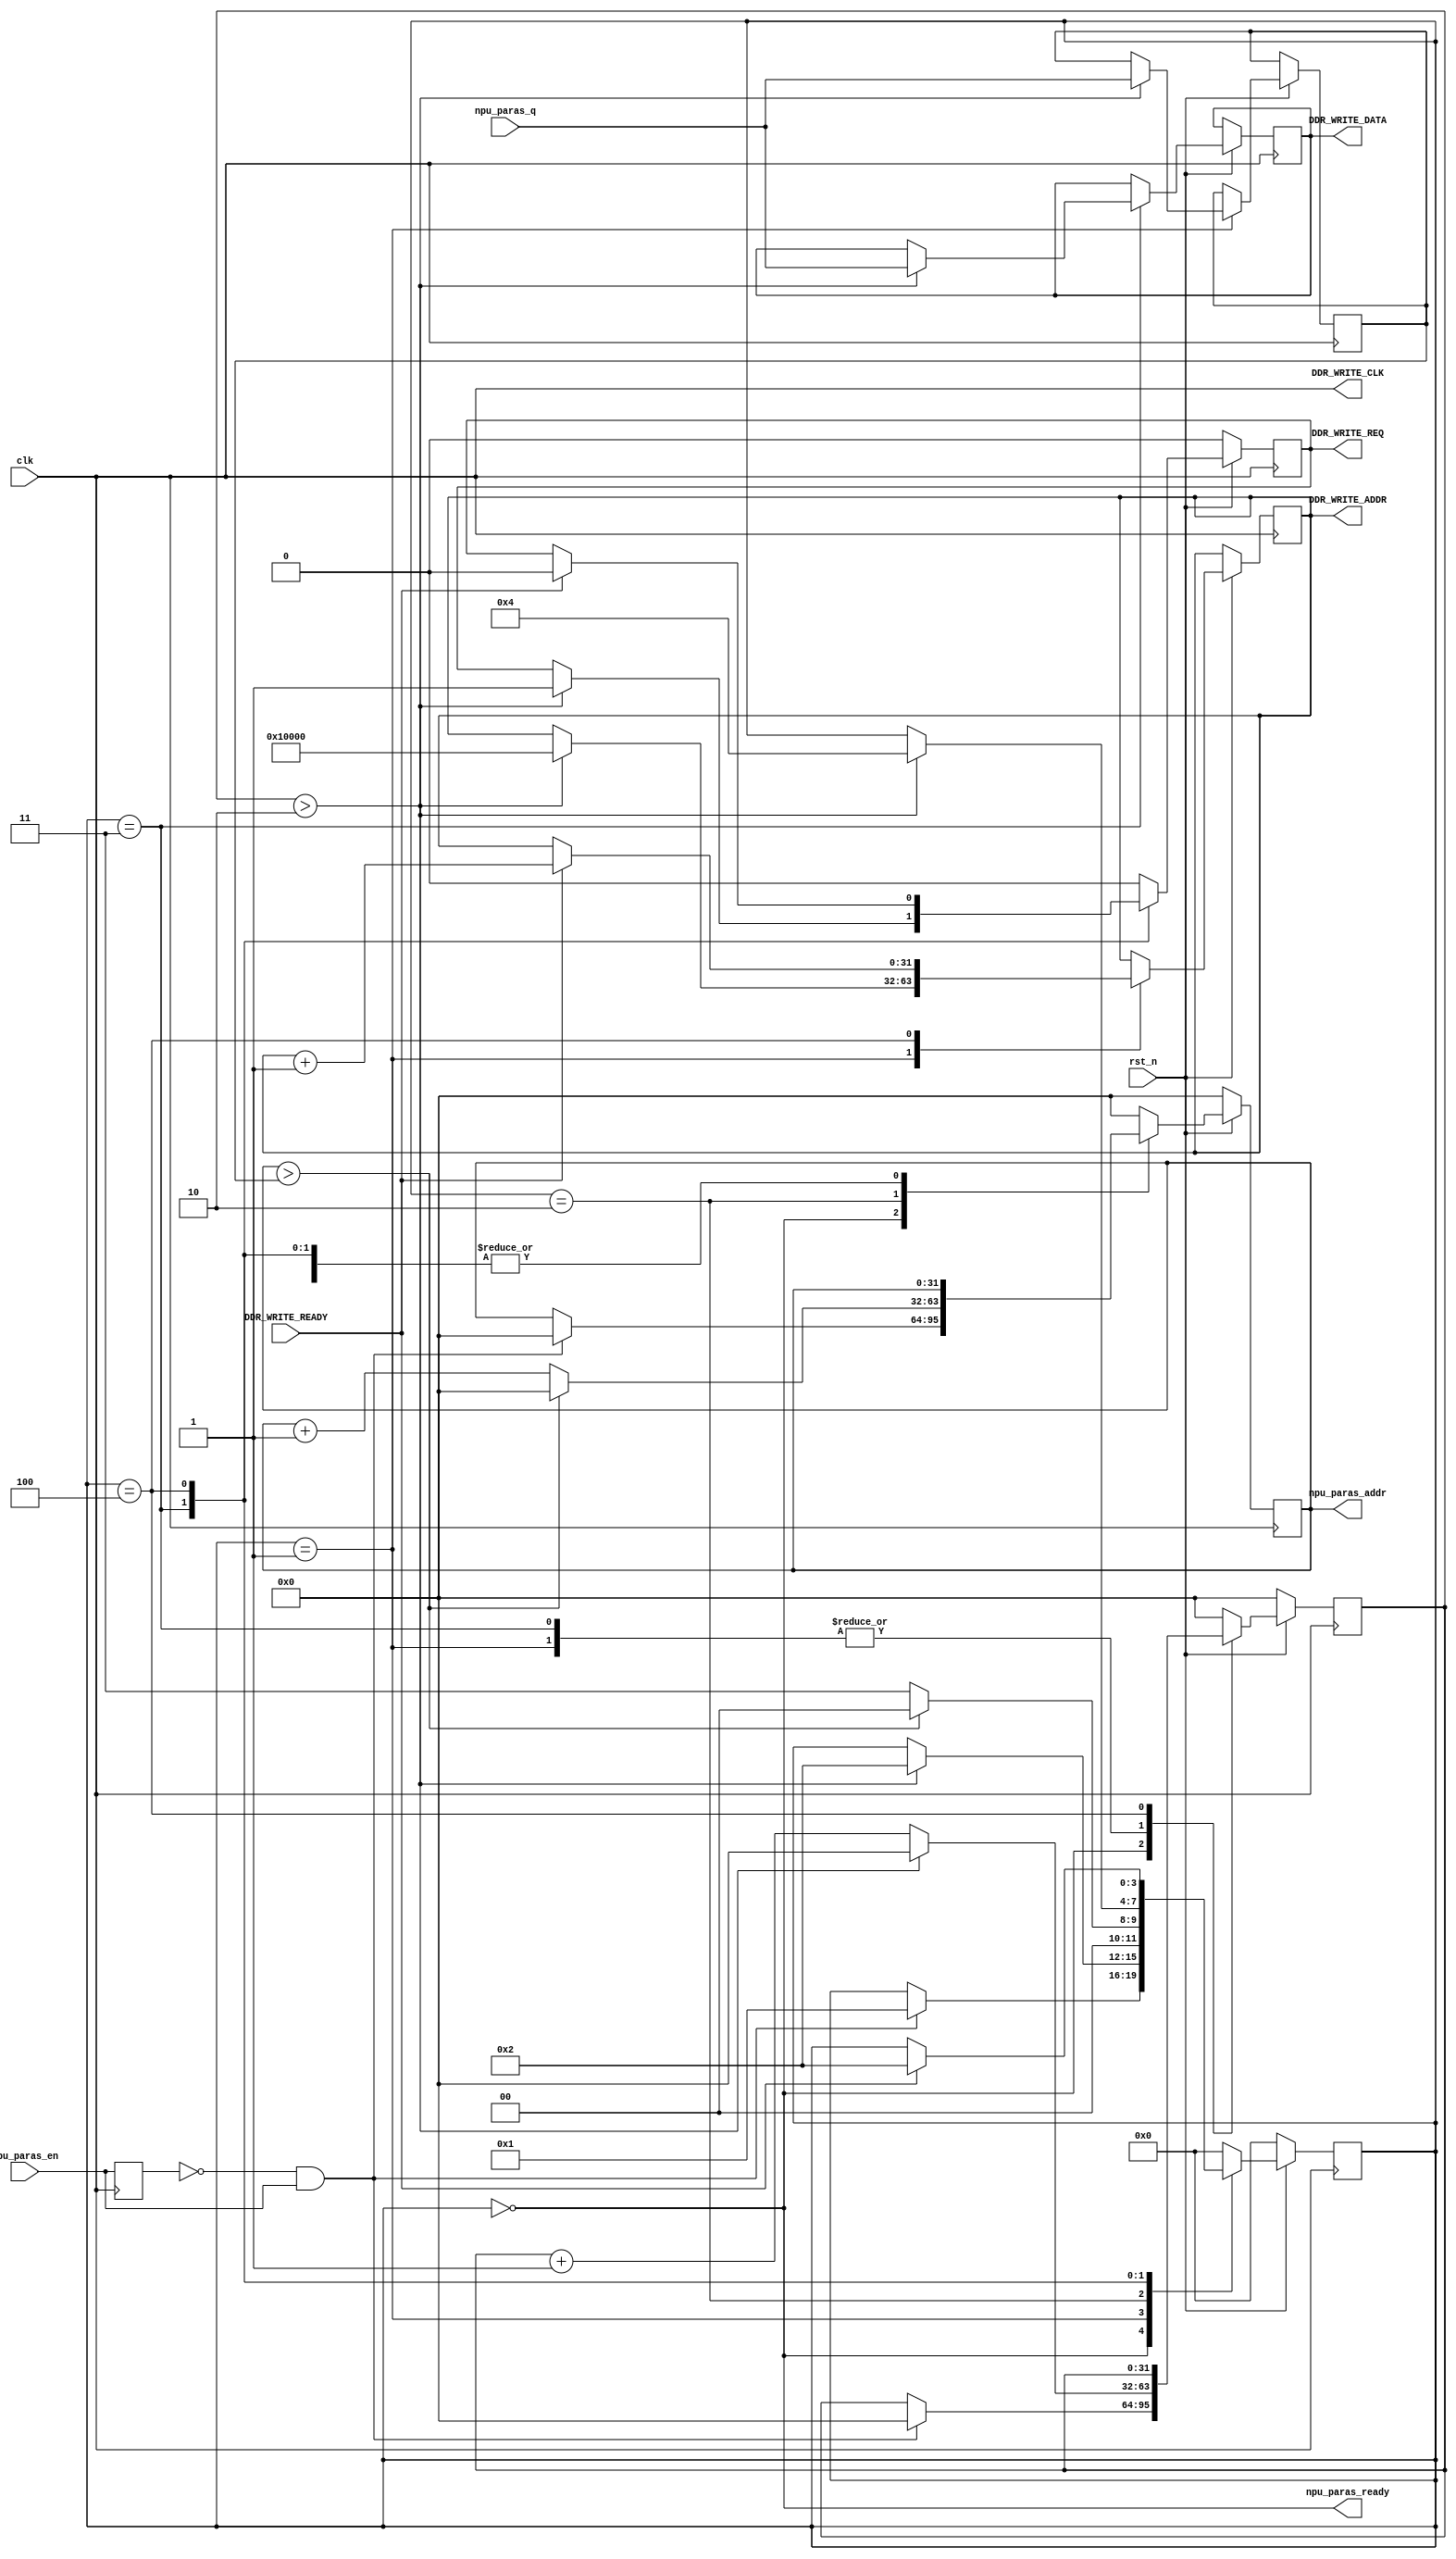
// This program was cloned from: https://github.com/cxdzyq1110/NPU_on_FPGA
// License: BSD 2-Clause "Simplified" License

//----------------------------------------------------------------------------------------------------------
// 	
//	ABSTRACT:	config CNN parameters into DDR/SRAM RAM
// 	KEYWORDS:	fpga, cnn, parameter, RAM
// 
// 	MODIFICATION HISTORY:
//	$Log$
//			Xudong Chen		18/3/9		original, DDRCNN
//										
//-----------------------------------------------------------------------------------------------------------
// CNN
module npu_paras_config
#(parameter	DATA_WIDTH = 32,    // 
  parameter	FRAC_WIDTH = 16,	// 
  parameter RAM_LATENCY = 2,	// ramIP
  parameter	PARA_BIAS = 32'H00010000	// CNN
)
(
	input	wire						clk, rst_n,	// 
	input	wire						npu_paras_en,	// 
	output	wire						npu_paras_ready,	// CNN
	input	wire	[DATA_WIDTH-1:0]	npu_paras_q,	// CNN
	output	reg		[DATA_WIDTH-1:0]	npu_paras_addr,	// CNN
	// DDR
	output	wire						DDR_WRITE_CLK,
	output	wire	[DATA_WIDTH-1:0]	DDR_WRITE_ADDR,
	output	wire	[DATA_WIDTH-1:0]	DDR_WRITE_DATA,
	output	wire						DDR_WRITE_REQ,
	input	wire						DDR_WRITE_READY
);
	
	reg		[31:0]	ddr_write_addr;
	reg				ddr_write_req;
	wire			ddr_write_ready;
	reg		[31:0]	ddr_write_data;
	///////////
	assign			DDR_WRITE_CLK = clk;
	assign			DDR_WRITE_ADDR = ddr_write_addr;
	assign			DDR_WRITE_DATA = ddr_write_data;
	assign			DDR_WRITE_REQ = ddr_write_req;
	assign			ddr_write_ready = DDR_WRITE_READY;
	
	wire			ddr_write_data_valid = ddr_write_ready && ddr_write_req;	// 
	//
	//  npu_paras_en 
	reg				npu_paras_enx;
	always @(posedge clk)
		npu_paras_enx <= npu_paras_en;
	wire			npu_paras_en_up = (!npu_paras_enx && npu_paras_en);	// 
	//
	reg		[3:0]	cstate;
	reg		[31:0]	delay;
	reg		[31:0]	total_paras_num;	// 
	always @(posedge clk)
		if(!rst_n)
		begin
			cstate <= 0;
			delay <= 0;
			npu_paras_addr <= 0;
			ddr_write_req <= 0;	// DDR
		end
		else
		begin
			case(cstate)
				0: begin
					if(npu_paras_en_up)
					begin
						cstate <= 1;
						npu_paras_addr <= 0;
						delay <= 0;
					end
					//
					ddr_write_req <= 0;	// DDR
				end
				// RAM
				1: begin
					if(delay>RAM_LATENCY)
					begin
						cstate <= 2;	// 
						total_paras_num <= npu_paras_q;	// 
						delay <= 0;
						ddr_write_addr <= PARA_BIAS;
					end
					else
						delay <= delay + 1;
					///////	
					ddr_write_req <= 0;	// DDR
				end
				// 
				2: begin
					if(npu_paras_addr>total_paras_num)
					begin
						cstate <= 0;
						npu_paras_addr <= 0;
						delay <= 0;
					end
					else
					begin
						cstate <= 3;	// RAM
						npu_paras_addr <= npu_paras_addr + 1;
						delay <= 0;
					end
					ddr_write_req <= 0;	// DDR
				end
				// 
				3: begin
					if(delay>RAM_LATENCY)
					begin
						cstate <= 4;	// DDR
						ddr_write_data <= npu_paras_q;
						ddr_write_req <= 1;	// DDR
						delay <= 0;
					end
					else
						delay <= delay + 1;
				end
				// DDR
				4: begin
					if(ddr_write_ready)
					begin
						ddr_write_req <= 0;	// DDR
						ddr_write_addr <= ddr_write_addr + 1;	// DDR+1
						cstate <= 2;	// 
					end
				end
				//
				default: begin
					cstate <= 0;
					delay <= 0;
					npu_paras_addr <= 0;
					ddr_write_req <= 0;	// DDR
				end
				
			endcase
		
		end
	/////////////////////////////////////////////////////////
	assign	npu_paras_ready = (cstate==0);
	////////////////////////////////////////////////////
endmodule